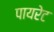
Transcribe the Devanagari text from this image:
पायरेट